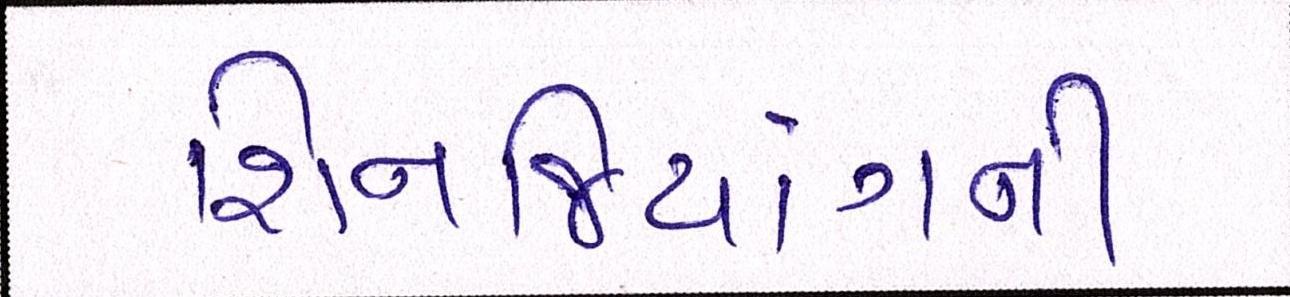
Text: શિનજિયાંગની